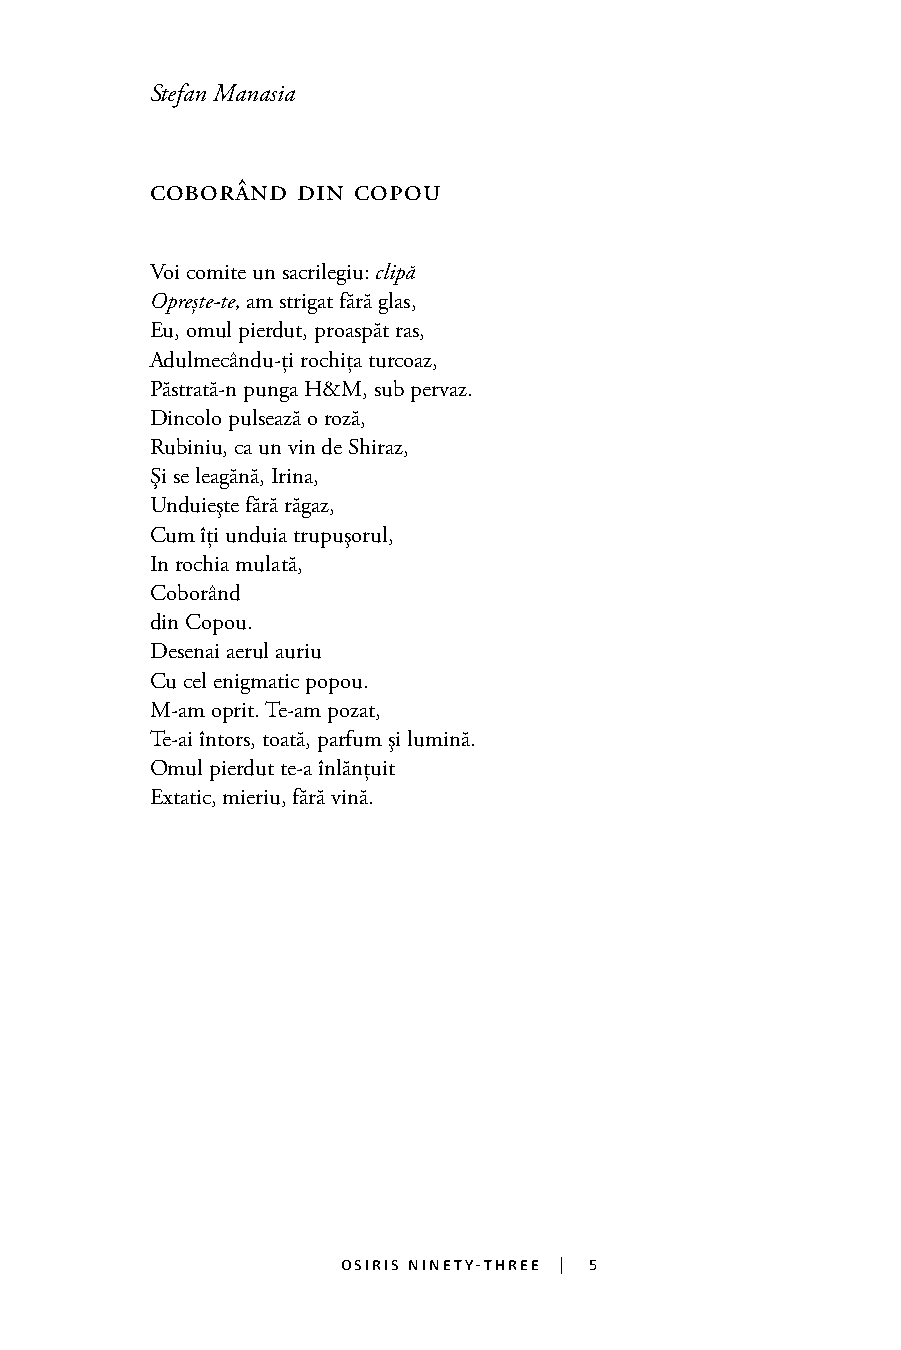
Stefan Manasia
 coborÂnd  din copou
 Voi comite un sacrilegiu: clipă
 Oprește-te, am strigat fără glas,
 Eu, omul pierdut, proaspăt ras,
 Adulmecându-ți rochița turcoaz,
 Păstrată-n punga H&M, sub pervaz.
 Dincolo pulsează o roză,
 Rubiniu, ca un vin de Shiraz,
 Și se leagănă, Irina,
 Unduiește fără răgaz,
 Cum îți unduia trupușorul,
 In rochia mulată,
 Coborând
 5
 din Copou.
 Desenai aerul auriu
 Cu cel enigmatic popou.
 M-am oprit. Te-am pozat,
 Te-ai întors, toată, parfum și lumină.
 Omul pierdut te-a înlănțuit
 Extatic, mieriu, fără vină.
 osiris ninety-three | 5